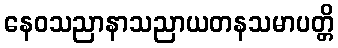
နေဝသညာနာသညာယတနသမာပတ္တိ